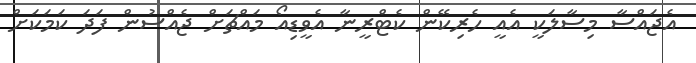
އެޖައްސާ މިސާލަކީ އެއީ ހެރިކޭން ކެޓްރީނާ އެވީޑިއޯ މައްޗަށް ޖެއްސުން ފަދަ ކަމަކަށް